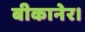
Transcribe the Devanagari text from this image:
बीकानेर।